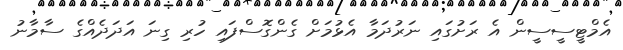
އެމްޓީސީސީން އެ ރަށުގައި ނަރުދަމާ އެޅުމަށް ގެންގޮސްފައި ހުރި ގިނަ އަދަދެއްގެ ސާމާނު